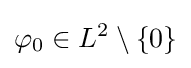
\varphi _{0}\in L^{2}\setminus \{0\}